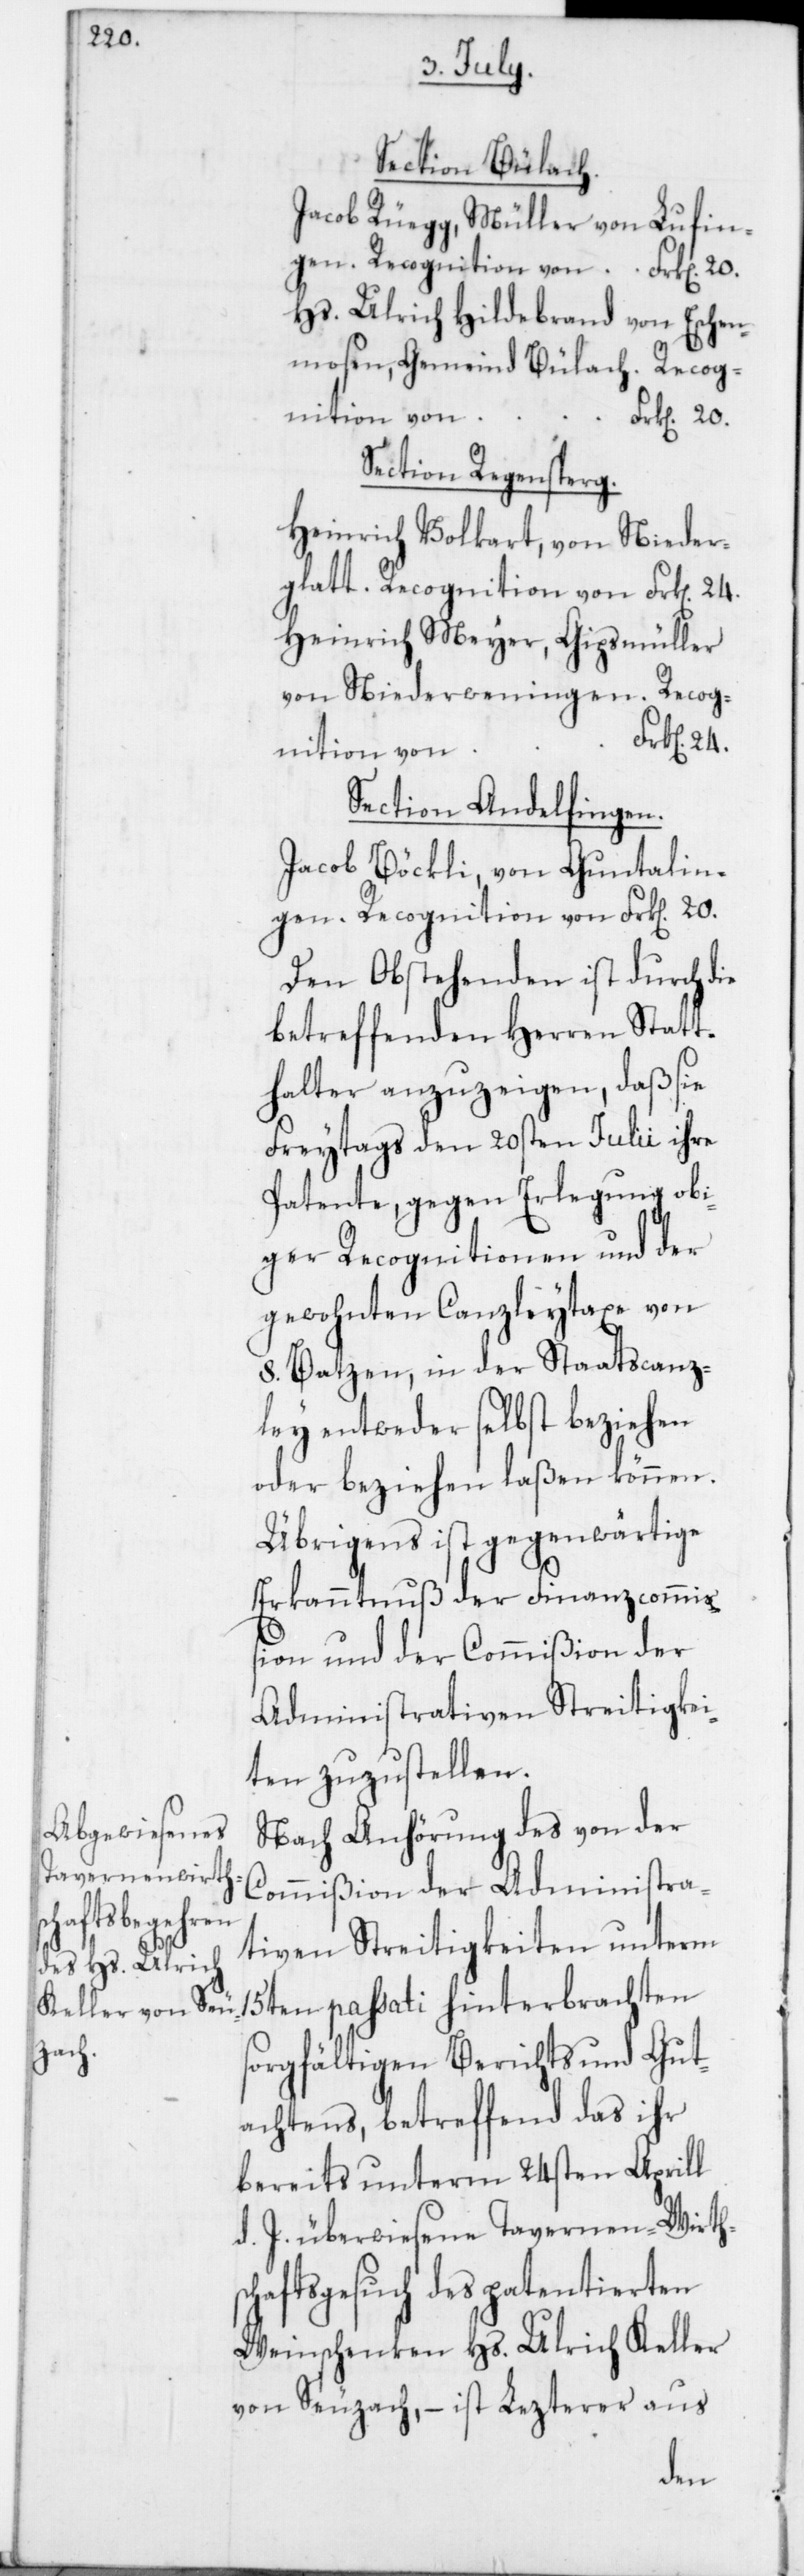
20.

Section Bülach.
Jacob Rüegg, Müller von Lufin¬
Hs. Ulrich Hildebrand von Eschen¬
mosen, Gemeind Bülach; Recog¬
nition von
Section Regensperg.
Heinrich Volkart von Nieder¬
glatt; Regocnition von Frk[en] 24.
Heinrich Meyer, Gipsmüller
von Niederweningen; Recog¬
nition von
Section Andelfingen.
Jacob Böckli von Guntalin¬
gen; Recognition von Frk[en] 20.
Den Obstehenden ist durch die
betreffenden Herren Statt¬
halter anzuzeigen, daß sie
Freytags den 20sten Julii ihre
Patente, gegen Erlegung obi¬
ger Recognitionen und der
gewohnten Canzleytaxe von
8. Batzen, in der Staatscanz¬
ley entweder selbst beziehen
oder beziehen laßen können.
Übrigens ist gegenwärtige
Erkanntnuß der Finanzcommiß¬
ion und der Commißion der
Administrativen Streitigkei¬
ten zuzustellen.
Nach Anhörung des von der
Commißion der Administra¬
tiven Streitigkeiten unterm
15ten passati hinterbrachten
sorgfältigen Berichts und Gut¬
achtens, betreffend das ihr
bereits unterm 24sten Aprill
d. J. überwiesene Tavernen-Wirts¬
chaftsgesuch des patentierten
Weinschenken Hs. Ulrich Keller
von Seuzach, – ist Lezerer aus